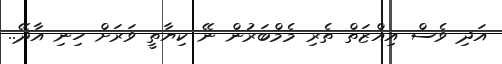
އަދި ވެސް އިއްޒަތް ތެރި މެމްބަރުން ނޭ ކިޔާތީ ވަރަށް ހިނި އާދޭ..